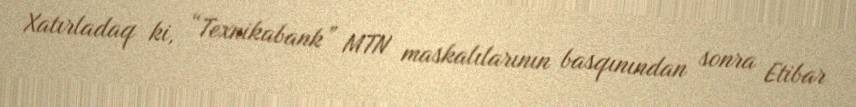
Xatırladaq ki, “Texnikabank” MTN maskalılarının basqınından sonra Etibar